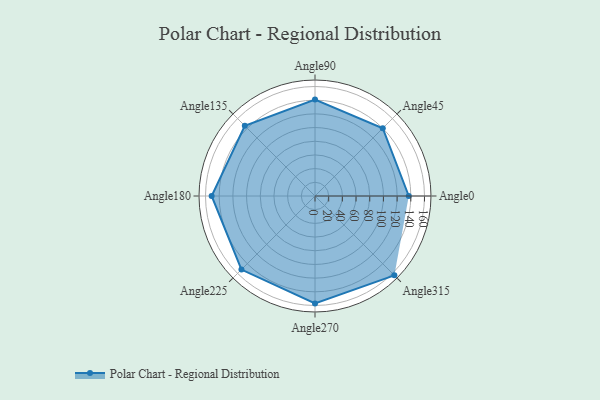
{"axis": {"x": "Angle", "y": "Radius"}, "legend": [""], "data": [{"x": "Angle0", "y": 137.0, "type": ""}, {"x": "Angle45", "y": 140.0, "type": ""}, {"x": "Angle90", "y": 141.0, "type": ""}, {"x": "Angle135", "y": 145.0, "type": ""}, {"x": "Angle180", "y": 151.0, "type": ""}, {"x": "Angle225", "y": 152.0, "type": ""}, {"x": "Angle270", "y": 157.0, "type": ""}, {"x": "Angle315", "y": 164.0, "type": ""}]}